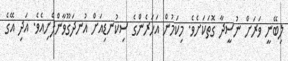
ލިބޭނީ ވަރަށް ނުސީދާ ގޮތަކަށެވެ. މިކަމުން އަހަރެންގެ ސިކުނޑިއަށް އުނދަގޫވާންފެށިއެވެ. އަދި އޭގެ